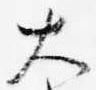
大